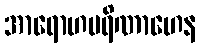
အာရောဟပရိဏာဟေန